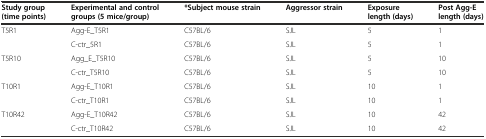
| Study group (time points) | Experimental and control groups (5 mice/group) | *Subject mouse strain | Aggressor strain | Exposure length (days) | Post Agg-E length (days) |
 | --- | --- | --- | --- | --- | --- |
 | T5R1 | Agg-E_T5R1 | C57BL/6 | SJL | 5 | 1 |
 |  | C-ctr_5R1 | C57BL/6 | SJL | 5 | 1 |
 | T5R10 | Agg_E_T5R10 | C57BL/6 | SJL | 5 | 10 |
 |  | C-ctr_T5R10 | C57BL/6 | SJL | 5 | 10 |
 | T10R1 | Agg-E_T10R1 | C57BL/6 | SJL | 10 | 1 |
 |  | C-ctr_T10R1 | C57BL/6 | SJL | 10 | 1 |
 | T10R42 | Agg-E_T10R42 | C57BL/6 | SJL | 10 | 42 |
 |  | C-ctr_T10R42 | C57BL/6 | SJL | 10 | 42 |